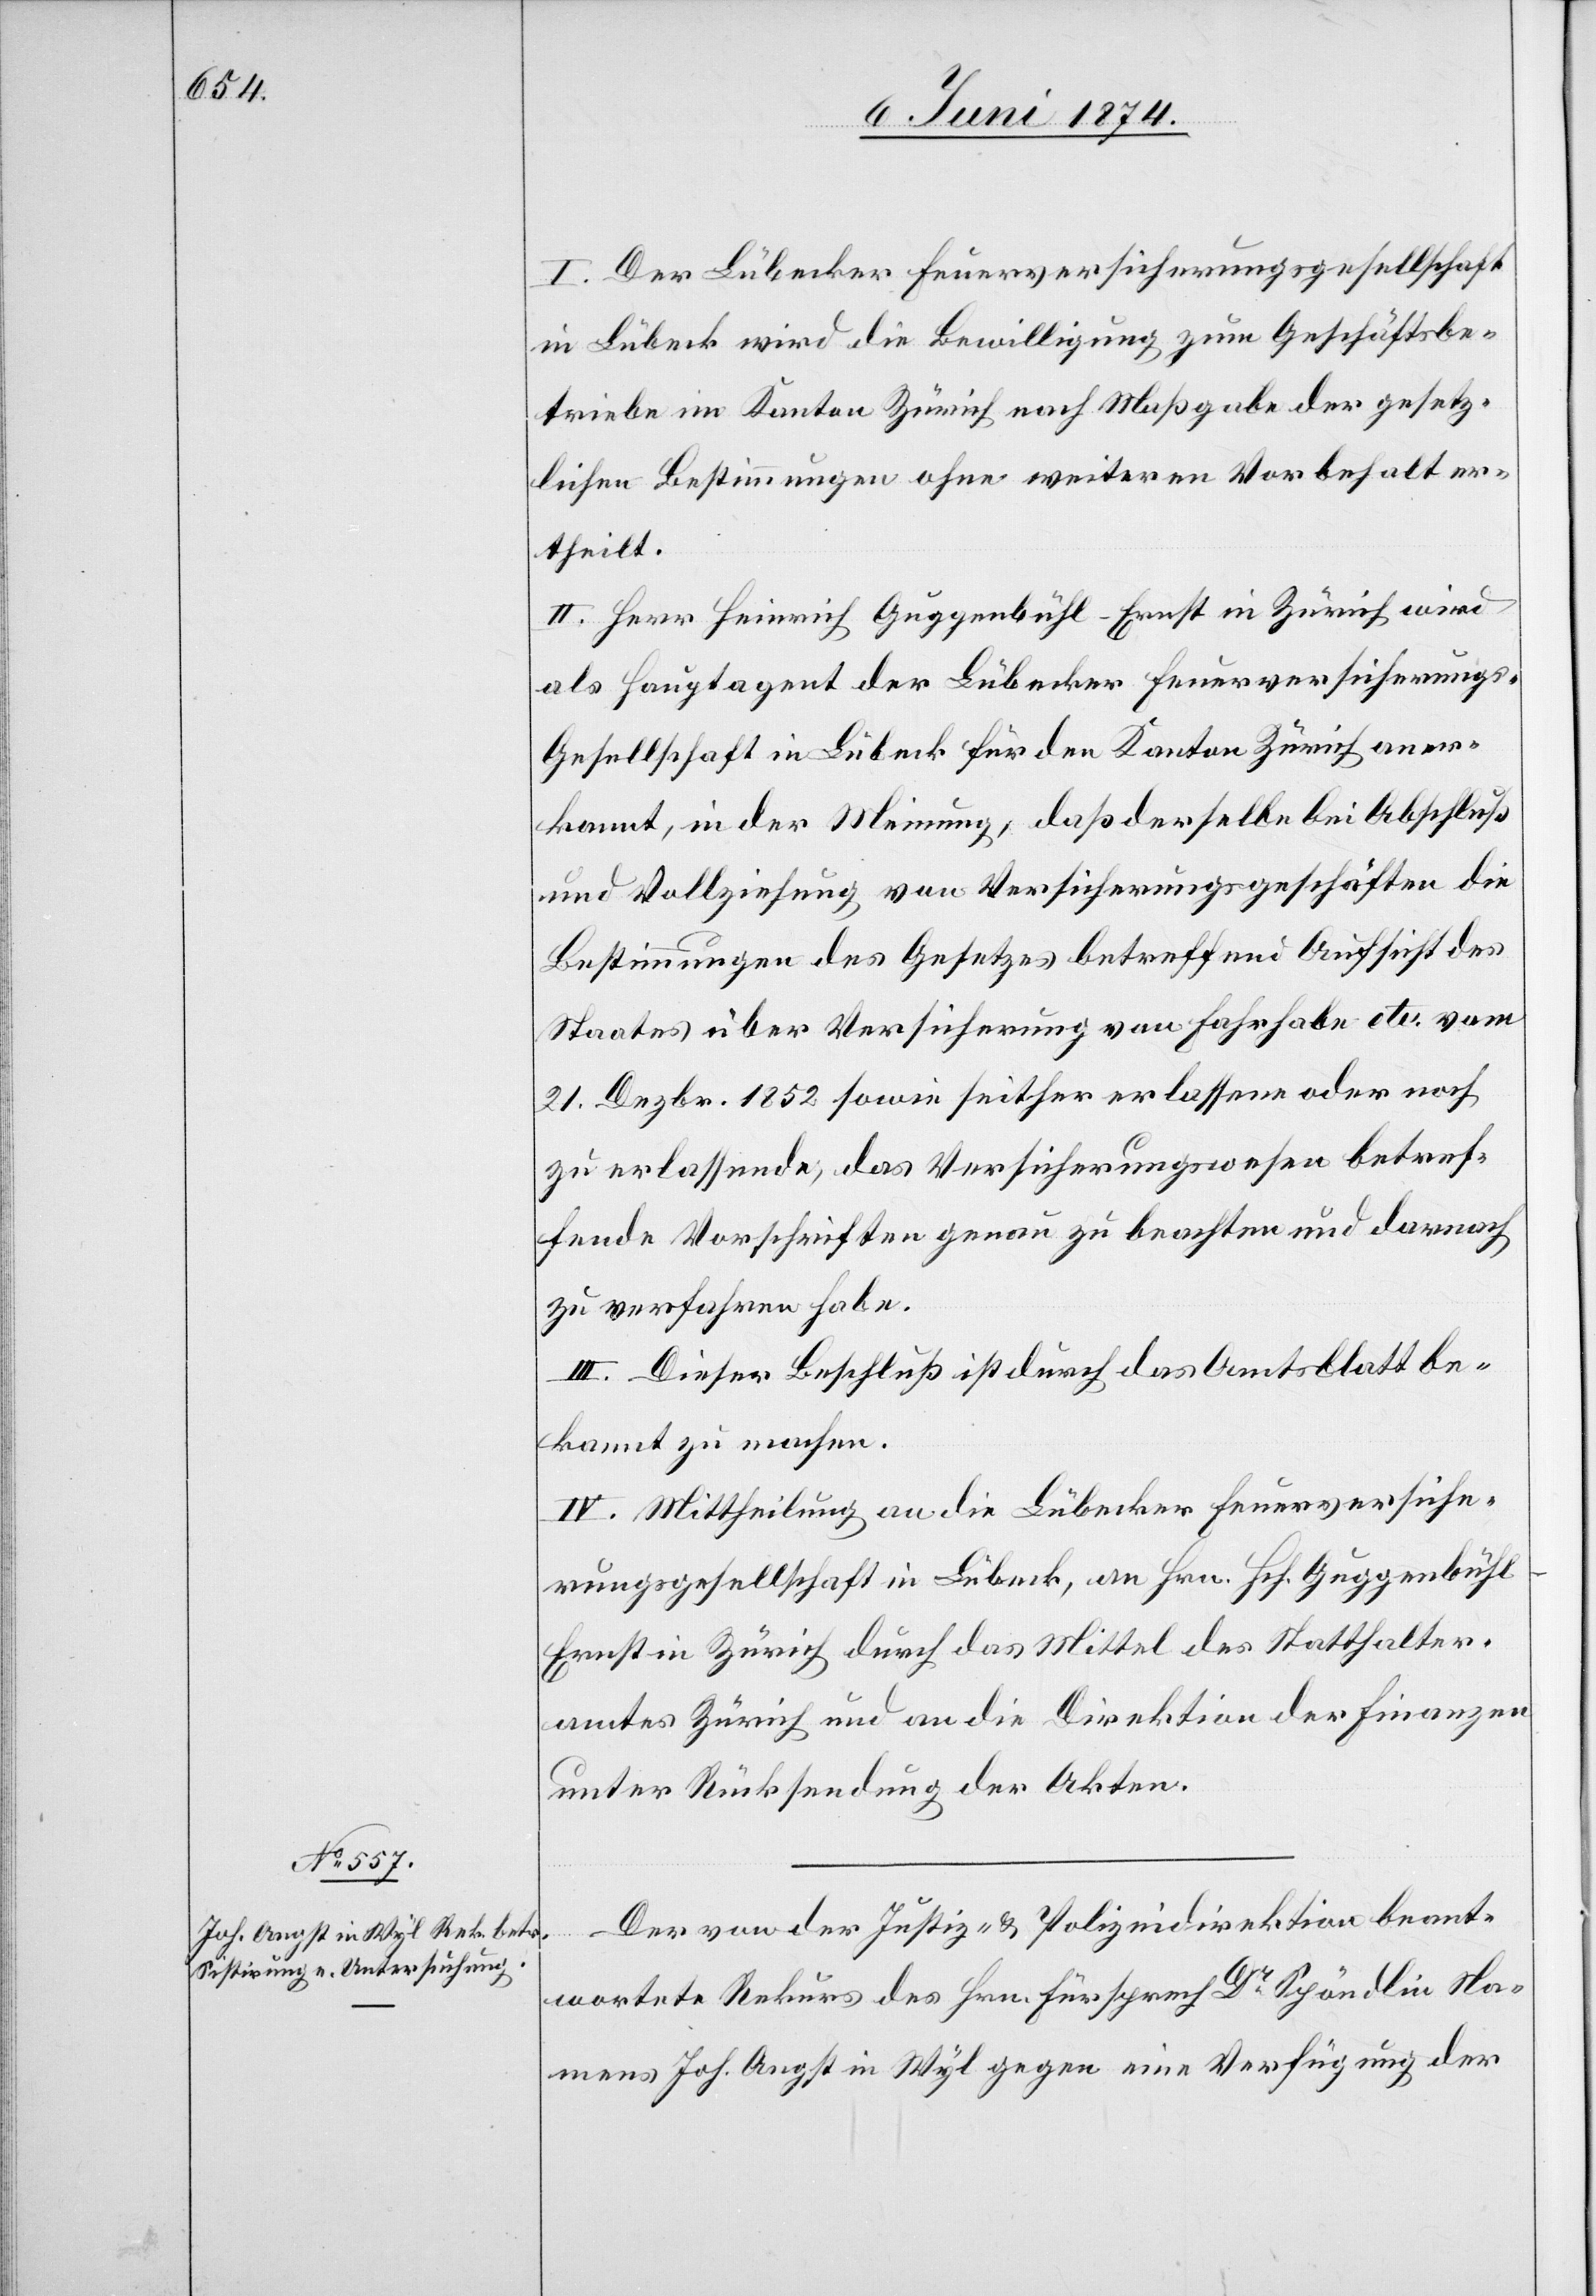
I. Der Lübecker Feuerversicherungsgesellschaft
in Lübeck wird die Bewilligung zum Geschäftsbe¬
triebe im Kanton Zürich nach Maßgabe der gesetz¬
lichen Bestimmungen ohne weiteren Vorbehalt er¬
theilt.
II. Herr Heinrich Guggenbühl-Ernst, in Zürich wird
als Hauptagent der Lübecker Feuerversicherung¬
s-Gesellschaft in Lübeck für den Kanton Zürich aner¬
kannt, in der Meinung, daß derselbe bei Abschluß
und Vollziehung von Versicherungsgeschäften die
Bestimmungen des Gesetzes betreffend Aufsicht des
Staates über Versicherung von Fahrhabe etc. vom
21. Dezbr. 1852 sowie seither erlassene oder noch
zu erlassende, das Versicherungswesen betref¬
fende Vorschriften genau zu beachten und darnach
zu verfahren habe.
III. Dieser Beschluß ist durch das Amtsblatt be¬
kannt zu machen.
IV. Mittheilung an die Lübecker Feuerversiche¬
rungsgesellschaft in Lübeck, an Hrn. Hch. Guggenbüh¬
l-Ernst in Zürich durch das Mittel des Statthalter¬
amtes Zürich und an die Direktion der Finanzen
unter Rücksendung der Akten.
Der von der Justiz- u. Polizeidirektion beant¬
wortete Rekurs des Hrn. Fürsprech Dr Spöndlin Na¬
mens Joh. Angst in Wyl gegen eine Verfügung der